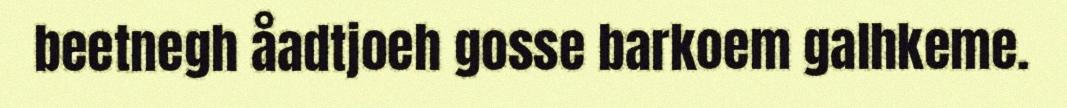
beetnegh åadtjoeh gosse barkoem galhkeme.